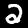
Digit: 2